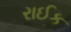
રાઈક